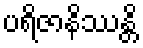
ပရိဇာနိဿန္တိ